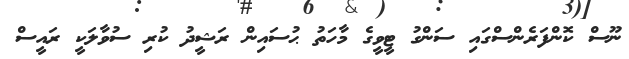
ނޫސް ކޮންފަރެންސްގައި ސަންގު ޓީވީގެ މާހަތު ޙުސައިން ރަޝީދު ކުރި ސުވާލަކީ ރައީސް